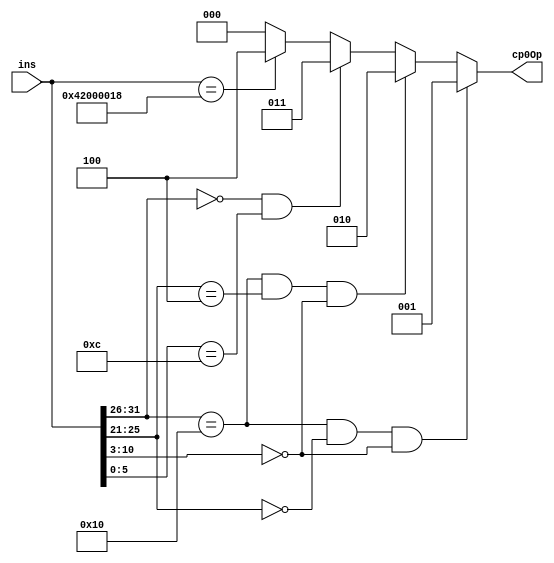
module Cp0Ctrl (ins, cp0Op);
	input      [31:0] ins;
	output reg [ 2:0] cp0Op;

	//************op**********//
	parameter R    = 6'b0000000;
	//************func********//
	parameter MULT = 6'b011000, MFLO = 6'b010010, MFHI = 6'b010000,
			  MTLO = 6'b010011, MTHI = 6'b010001;

	initial begin
		cp0Op = 3'b0;
	end
	always @(*) begin
		//**********MFCO*******//
		if (ins[31:26] == 6'b010000 && ins[25:21] == 5'b00000 && ins[10:3]==8'b00000000)
			cp0Op <= 3'b001;
		//**********MTCO*******//
		else if (ins[31:26] == 6'b010000 && ins[25:21] == 5'b00100 && ins[10:3]==8'b00000000)
			cp0Op <= 3'b010;
		//**********SYSCALL***//
		else if (ins[31:26] == 6'b000000 && ins[5:0]==8'b001100)
			cp0Op <= 3'b011;
		//**********ERET******//
		else if (ins == 32'b0100_0010_0000_0000_0000_0000_0001_1000)
			cp0Op <= 3'b100;
		//*********else*******//
		else
			cp0Op <= 3'b000;
	end
endmodule